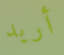
أريد